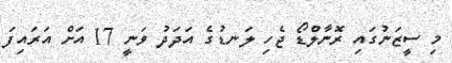
މި ސީޒަނުގައި ރޮނާލްޑޯ ޖެހި ލަނޑުގެ އަދަދު ވަނީ 17 އަށް އަރައިފަ